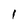
Character: l